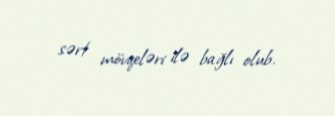
sərt mövqeləri ilə bağlı olub.